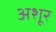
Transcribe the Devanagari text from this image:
अशूर